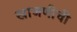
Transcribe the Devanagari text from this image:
खाजणीची